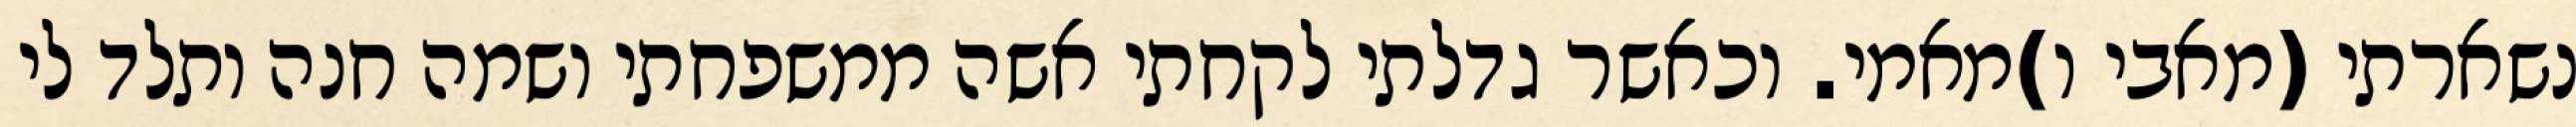
נשארתי (מאבי ו)מאמי. וכאשר גדלתי לקחתי אשה ממשפחתי ושמה חנה ותלד לי